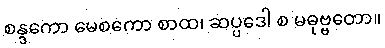
စန္ဒကော မေစကော စာထ၊ ဆပ္ပဒေါ စ မဓုဗ္ဗတော။